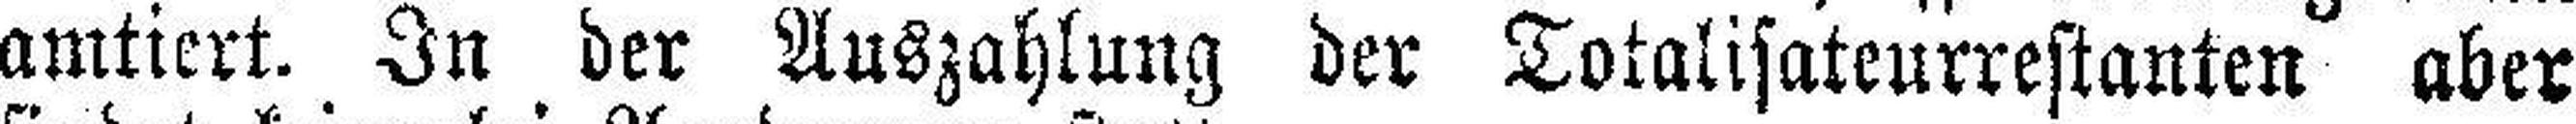
amtiert. In der Auszahlung der Totalisateurrestanten aber